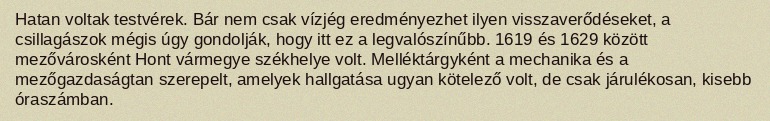
Hatan voltak testvérek. Bár nem csak vízjég eredményezhet ilyen visszaverődéseket, a csillagászok mégis úgy gondolják, hogy itt ez a legvalószínűbb. 1619 és 1629 között mezővárosként Hont vármegye székhelye volt. Melléktárgyként a mechanika és a mezőgazdaságtan szerepelt, amelyek hallgatása ugyan kötelező volt, de csak járulékosan, kisebb óraszámban.